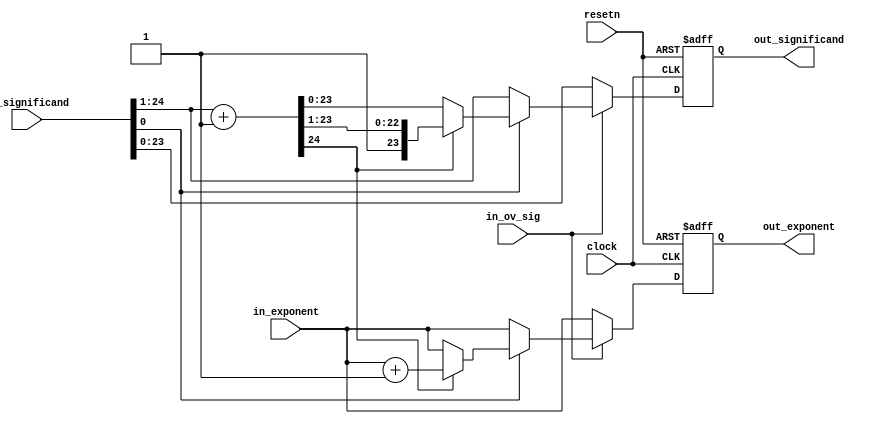
`timescale 1ns / 1ps
//////////////////////////////////////////////////////////////////////////////////
// Company: 
// Engineer: 
// 
// Design Name: 
// Module Name:    fr_round 
// Project Name: 
// Target Devices: 
// Tool versions: 
// Description: 
//
// Dependencies: 
//
// Revision: 
// Revision 0.01 - File Created
// Additional Comments: 
//
//////////////////////////////////////////////////////////////////////////////////
module fr_round(clock, resetn, in_significand, in_exponent, in_ov_sig, out_significand, out_exponent);
	input clock,resetn;
	
	input [24:0] in_significand;
	input [7:0] in_exponent;
	input in_ov_sig;
	
	output reg	[23:0] out_significand;
	output reg  [7:0] out_exponent;
	
	/////Rounding - input_significand   1 1  0 
	
	//rounding overflow    .         0  
	// round up  - overflow  & in_significand[0]=1  in_sifnificand[11:1] 1'b1 
	//roundup       - normalizing   
	wire [24:0] temp_significand = {{1'b0}, in_significand[24:1]} + 1'b1;
	
	always@(posedge clock, negedge resetn) begin	
		if(!resetn) begin
			out_significand <= 0;
			out_exponent <= 0;
		end
		else begin
			if (in_ov_sig == 0) begin	//overflow = 0 >>    
				out_significand = in_significand[23:0];
				out_exponent = in_exponent;
			end
			//overflow = 1 >>   >> in_significand[0] 
			else if (in_significand[0] == 0) begin	//  = 0 >>    
				out_significand = in_significand[24:1];
				out_exponent = in_exponent;
			end
			else begin //overflow ,   = 1 >>>> round up
				//temp_significand = {{1'b0}, in_significand[11:1]} + 1'b1;
				if (temp_significand[24] == 0) begin //    X
					out_significand = temp_significand[23:0];
					out_exponent = in_exponent;
				end
				else begin //   1+1     - exponent+1  normalizing 
					out_significand = temp_significand[24:1];
					out_exponent = in_exponent + 1;
				end				
			end
		end
	end
endmodule